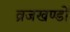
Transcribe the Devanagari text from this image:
व्रजखण्डों